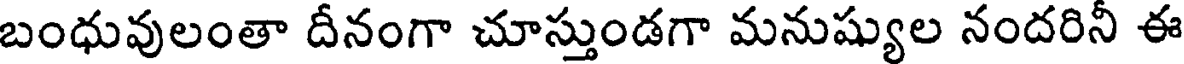
బంధువులంతా దీనంగా చూస్తుండగా మనుష్యుల నందరినీ ఈ